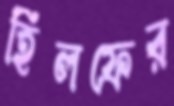
হিলফের